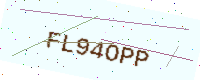
Text: FL94OPP